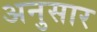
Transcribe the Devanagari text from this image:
अनुसार